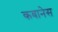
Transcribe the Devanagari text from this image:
कबानेस